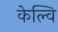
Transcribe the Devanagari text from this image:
केल्वि